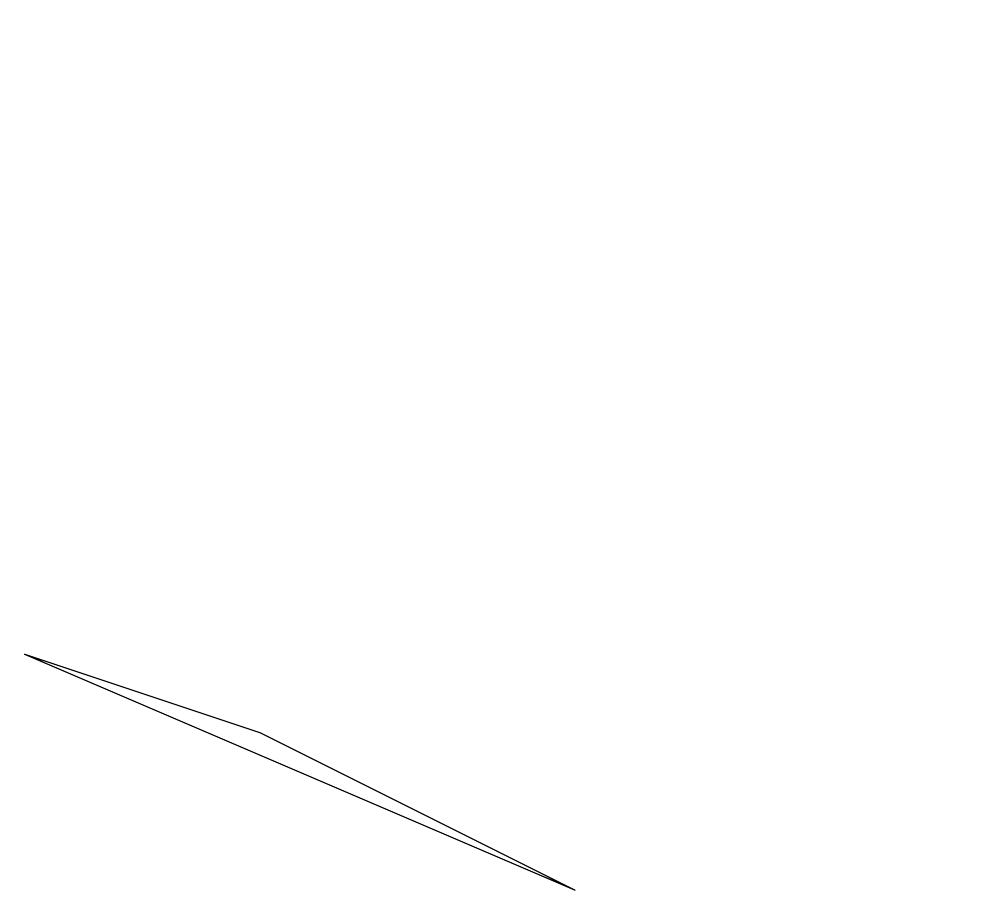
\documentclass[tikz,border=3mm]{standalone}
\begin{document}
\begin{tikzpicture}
\draw (3,3) -- (0,4) -- (7,1) -- cycle;
\draw (12,10) circle (0);
\draw (11,12) circle (0);
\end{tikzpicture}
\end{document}